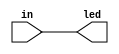
module test(in,led);
input in;
output led;
	assign led = in;
endmodule